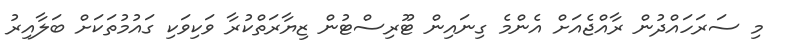
މި ސަރަހައްދުން ރާއްޖެއަށް އެންމެ ގިނައިން ޓޫރިސްޓުން ޒިޔާރަތްކުރާ ވަކިވަކި ގައުމުތަކަށް ބަލާއިރު